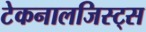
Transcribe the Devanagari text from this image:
टेकनालजिस्ट्‌स